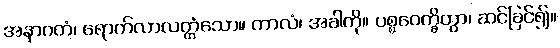
အနာဂတံ၊ ရောက်လာလတ္တံသော။ ကာလံ၊ အခါကို။ ပစ္စဝေက္ခိတွာ၊ ဆင်ခြင်၍။